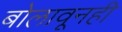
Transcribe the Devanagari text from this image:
बोलावूनही